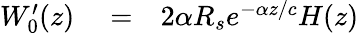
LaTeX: \begin{array}{rlr}{W_{0}^{\prime}(z)}&{{}=}&{2\alpha R_{s}e^{-\alpha z/c}H(z)}\end{array}